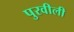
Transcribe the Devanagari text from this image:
पुरवीली